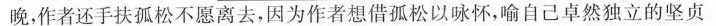
晚，作者还手扶孤松不愿离去，因为作者想借孤松以咏怀，喻自己卓然独立的坚贞